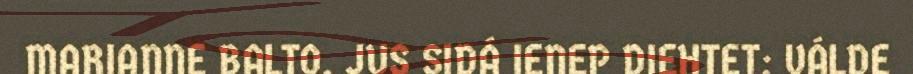
MARIANNE BALTO. JUS SIDÁ IENEP DIEHTET: VÁLDE